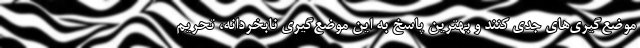
موضع‌گیری‌های جدی کنند و بهترین پاسخ به این موضع‌گیری نابخردانه، تحریم